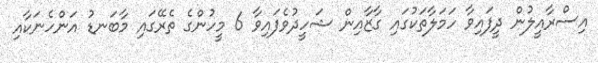
އިސްރާއީލުން ދީފައިވާ ހަމަލާތަކުގައި ގާޒާއިން ޝަހީދުވެފައިވާ 6 މީހުންގެ ތެރޭގައި މާބަނޑު އަންހެނަކާއި